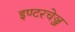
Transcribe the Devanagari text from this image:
इण्टरचेञ्ज